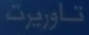
تاوريت